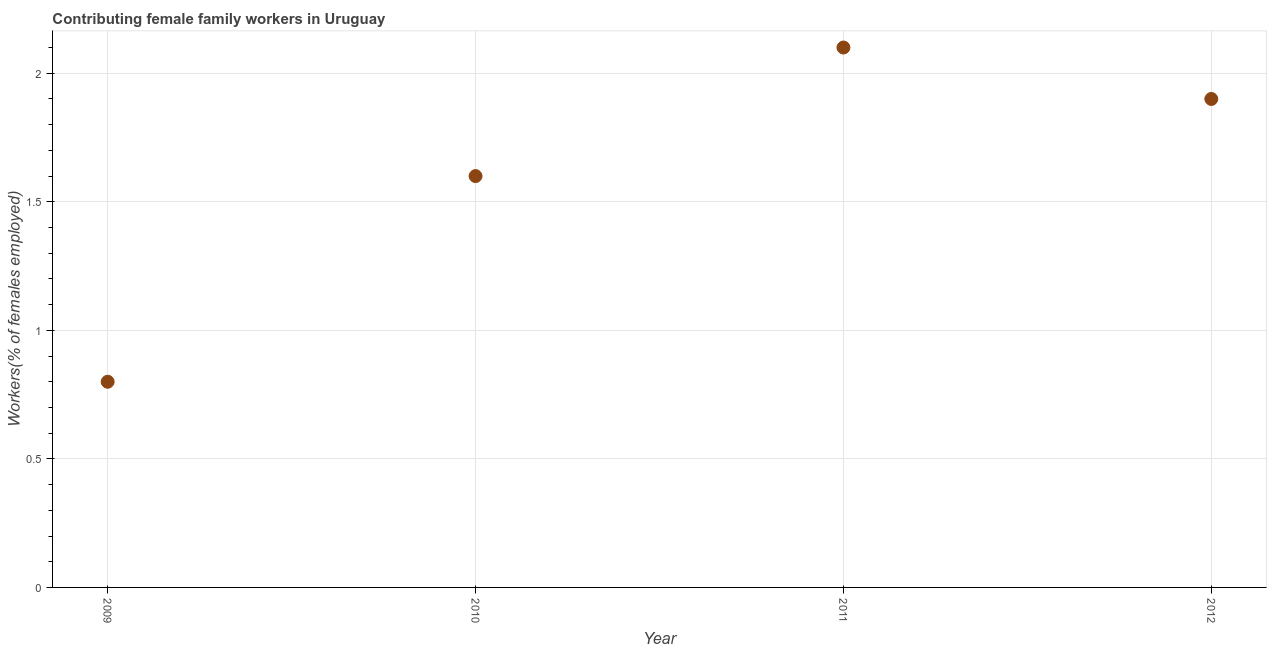
| Year | Contributing family workers |
 | --- | --- |
 | 2009 | 0.8 |
 | 2010 | 1.6 |
 | 2011 | 2.1 |
 | 2012 | 1.9 |